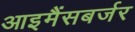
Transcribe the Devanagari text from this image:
आइमैंसबर्जर